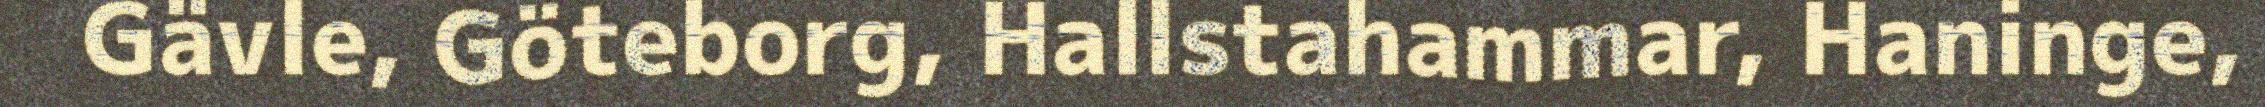
Gävle, Göteborg, Hallstahammar, Haninge,